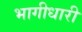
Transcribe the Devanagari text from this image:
भागीधारी